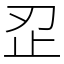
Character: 𰙜